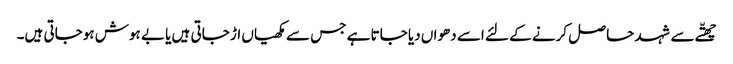
چھتّے سے شہد حا صل کرنے کے لئے اسے دھواں دیا جاتا ہے جس سے مکھیاں اڑ جاتی ہیں یا بے ہوش ہوجاتی ہیں۔